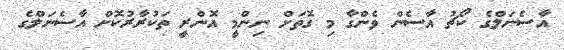
އާސެނަލްގެ ކޯޗު އާސެން ވެންގާ މި ގޮތަށް ނިންމީ އޮންރީ ތަކުރާރުކޮށް އާސެނަލްގެ